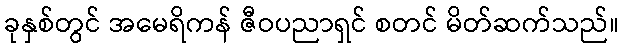
ခုနှစ်တွင် အမေရိကန် ဇီဝပညာရှင် စတင် မိတ်ဆက်သည်။